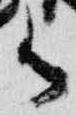
御